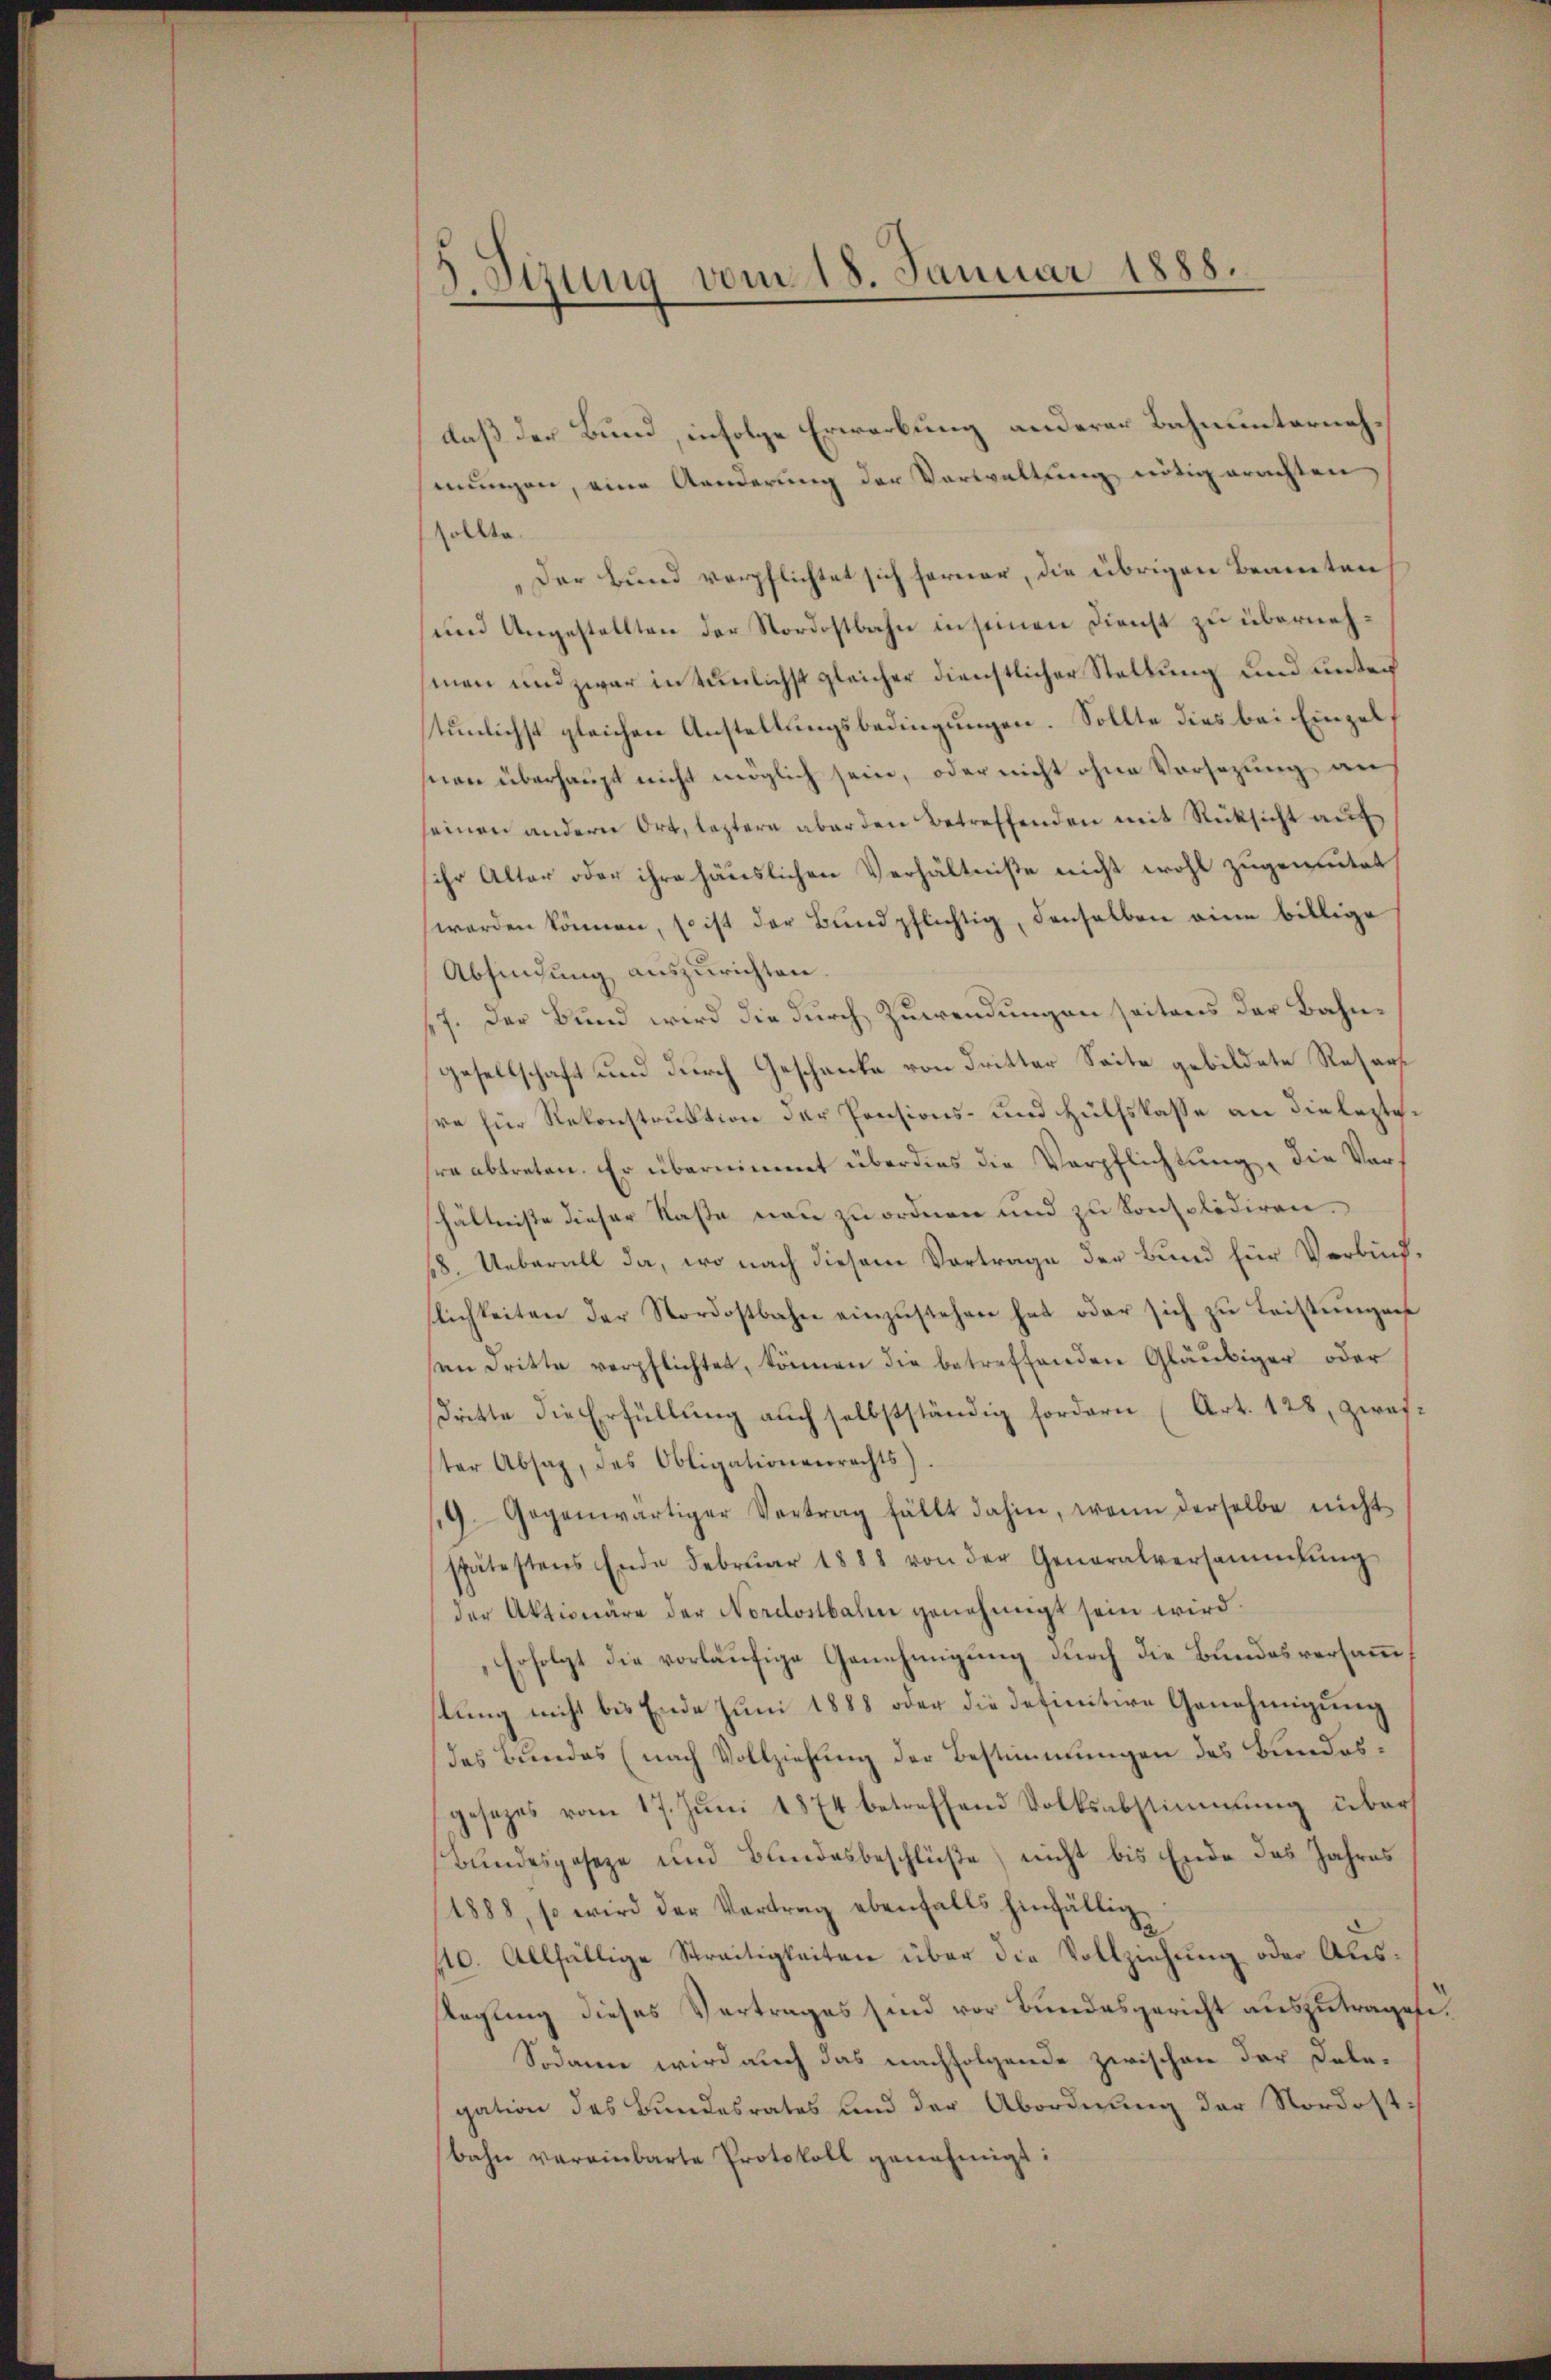
.Siung vom 18. Januar 1888.

daß der Bund, infolge Erwerbung anderer Bahnunternehmungen, eine Aenderung der Verwaltung nötig erachten,
sollte.
Der Bund verpflichtet sich ferner, die übrigen Beanten
(und Angestellten der Nordostbahn in seinen Dienst zu übernehmen und zwar in tunlichst gleicher dienstlicher Stellung und unter
tunlichst gleichen Anstellungsbedingungen. Sollte dies bei Einzelsnien überhaupt nicht möglich sein, oder nicht ohne Vorsezung an
seinen andern Ort, leztere aber den Betreffenden mit Rücksicht auf
sihr Alter oder ihre häuslichen Verhältniße nicht wohl zugemutet
werden können, so ist der Bŭnd pflichtig, denselben eine billige
Absendung auszurichten
/7. Der Bund wird die durch Zuwendungen seitens der Bahngesellschaft und durch Geschenke von dritter Seite gebildete Resars
re für Rekonstruktion der Pensions- und Hülfslasse an die leztere abtreten. Er übernimmt überdies die Verpflichtung, die Verhältniße dieser Kaste neu zu ordnen und zu konsolidiren.
18. Ueberall da, wo nach diesem Vortrage der Bund für Verbind-
tlichkeiten der Nordostbahn einzustehen hat oder sich zu Leistungen
an Dritte verpflichtet, können die betreffenden Gläubiger oder
dritte die Erfüllung auch selbstständig fordern (Art. 128, zweister Absaz, das Obligationenrechts)
/9. Gegenwärtiger Vertrag fällt dahin, wenn derselbe nicht
spätestens Ende Februar 1888 von der Generalversammlung
der Aktionäre der Nordostbahn genehmigt sein wird.
Erfolgt die vorläufige Genehmigung durch die Bundesversammstung nicht bis Ende Juni 1888 oder die definitive Genehmigung
das Bundes (nach Vollziehung der Bestimmungen des Bundesgesezes vom 17. Jŭni 1874 betreffend Volksabstimmung über
Bundesgeseze und Bundesbeschlüße, nicht bis Ende des Jahres
1888, so wird der Vortrag ebenfalls hinfällig¬
110. Allfällige Streitigkeiten über die Vollziehung oder Aus¬
Ragling dieses Vertrages sind vor Bundesgericht auszutragete
Sodann wird auch das nachfolgende zwischen der Dolegation des Bundesrates und der Abordnung der Nordost:
bahn vereinbarte Protokoll genehmigt: